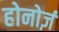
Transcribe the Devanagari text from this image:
होनोर्ज़